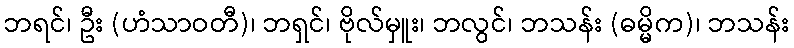
ဘရင်၊ ဦး (ဟံသာဝတီ)၊ ဘရှင်၊ ဗိုလ်မှူး၊ ဘလွင်၊ ဘသန်း (ဓမ္မိက)၊ ဘသန်း